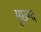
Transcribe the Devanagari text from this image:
मुछ्म्द